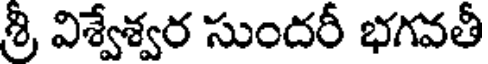
శ్రీ విశ్వేశ్వర సుందరీ భగవతీ